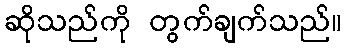
ဆိုသည်ကို တွက်ချက်သည်။